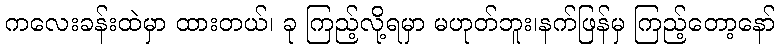
ကလေးခန်းထဲမှာ ထားတယ်၊ ခု ကြည့်လို့ရမှာ မဟုတ်ဘူး၊နက်ဖြန်မှ ကြည့်တော့နော်